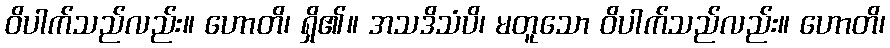
ဝိပါက်သည်လည်း။ ဟောတိ၊ ရှိ၏။ အသဒိသံပိ၊ မတူသော ဝိပါက်သည်လည်း။ ဟောတိ၊